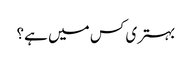
بہتری کس میں ہے؟